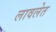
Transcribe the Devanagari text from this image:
लावलेत